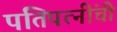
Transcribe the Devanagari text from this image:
पतिपत्‍नींची